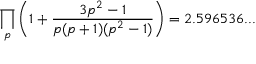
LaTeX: \prod _ { p } \left( 1 + { \frac { 3 p ^ { 2 } - 1 } { p ( p + 1 ) ( p ^ { 2 } - 1 ) } } \right) = 2 . 5 9 6 5 3 6 . . .